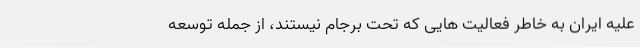
علیه ایران به خاطر فعالیت هایی که تحت برجام نیستند، از جمله توسعه